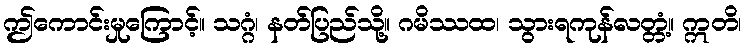
ဤကောင်းမှုကြောင့်။ သဂ္ဂံ၊ နတ်ပြည်သို့။ ဂမိဿထ၊ သွားရကုန်လတ္တံ့။ ဣတိ၊